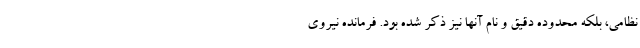
نظامی، بلکه محدوده دقیق و نام آنها نیز ذکر شده بود. فرمانده نیروی